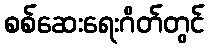
စစ်ဆေးရေးဂိတ်တွင်